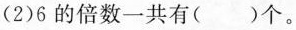
(2)6的倍数一共有()个。